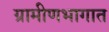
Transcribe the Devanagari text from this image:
ग्रामीणभागात